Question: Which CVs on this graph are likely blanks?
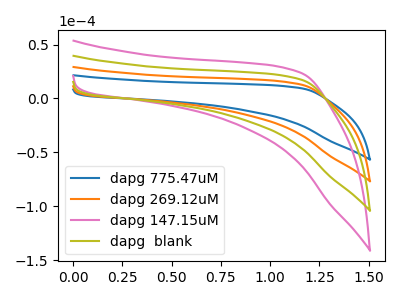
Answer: <think>The blue curve "dapg 775.47uM" has no peaks. The orange curve "dapg 269.12uM" has no peaks. The pink curve "dapg 147.15uM" has no peaks. The olive curve "dapg  blank" has no peaks.</think>
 <answer>"dapg 775.47uM", "dapg 269.12uM", "dapg 147.15uM" and "dapg  blank" are likely to be blanks.</answer>
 <eval>"dapg 775.47uM", "dapg 269.12uM", "dapg 147.15uM", "dapg  blank"</eval>